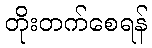
တိုးတက်စေရန်